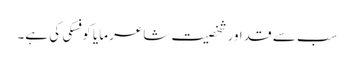
سب سے قد اور شخصیت شاعر مایا کوفسکی کی ہے۔